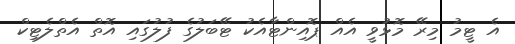
އެ ޓީމު މިރޭ މޮޅުވީ އެއް ޕޮއިންޓާއެކު ޓޭބަލުގެ ފުލުގައި އޮތް އެތްލެޓިކް